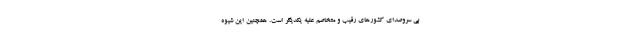
بی سروصدای کشورهای رقیب و متخاصم علیه یکدیگر است. همچنین این شیوه